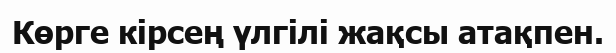
Көрге кірсең үлгілі жақсы атақпен.